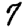
Digit: 7